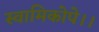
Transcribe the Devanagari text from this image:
स्वामिकोपे।।